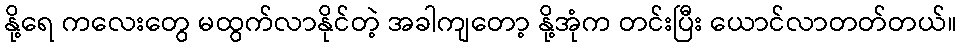
နို့ရေ ကလေးတွေ မထွက်လာနိုင်တဲ့ အခါကျတော့ နို့အုံက တင်းပြီး ယောင်လာတတ်တယ်။